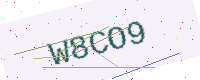
Text: W8CO9